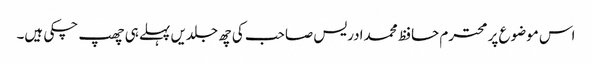
اس موضوع پر محترم حافظ محمدادریس صاحب کی چھ جلدیں پہلے ہی چھپ چکی ہیں۔